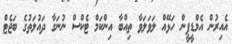
އެއިރުން އެމްޑީޕީން ހަޅޭއް ލަވަލަވާ ތިއްބާ އިންކަމް ޓެކްސް ނުނަގާ ދައުލަތުގެ ބަޖެޓް